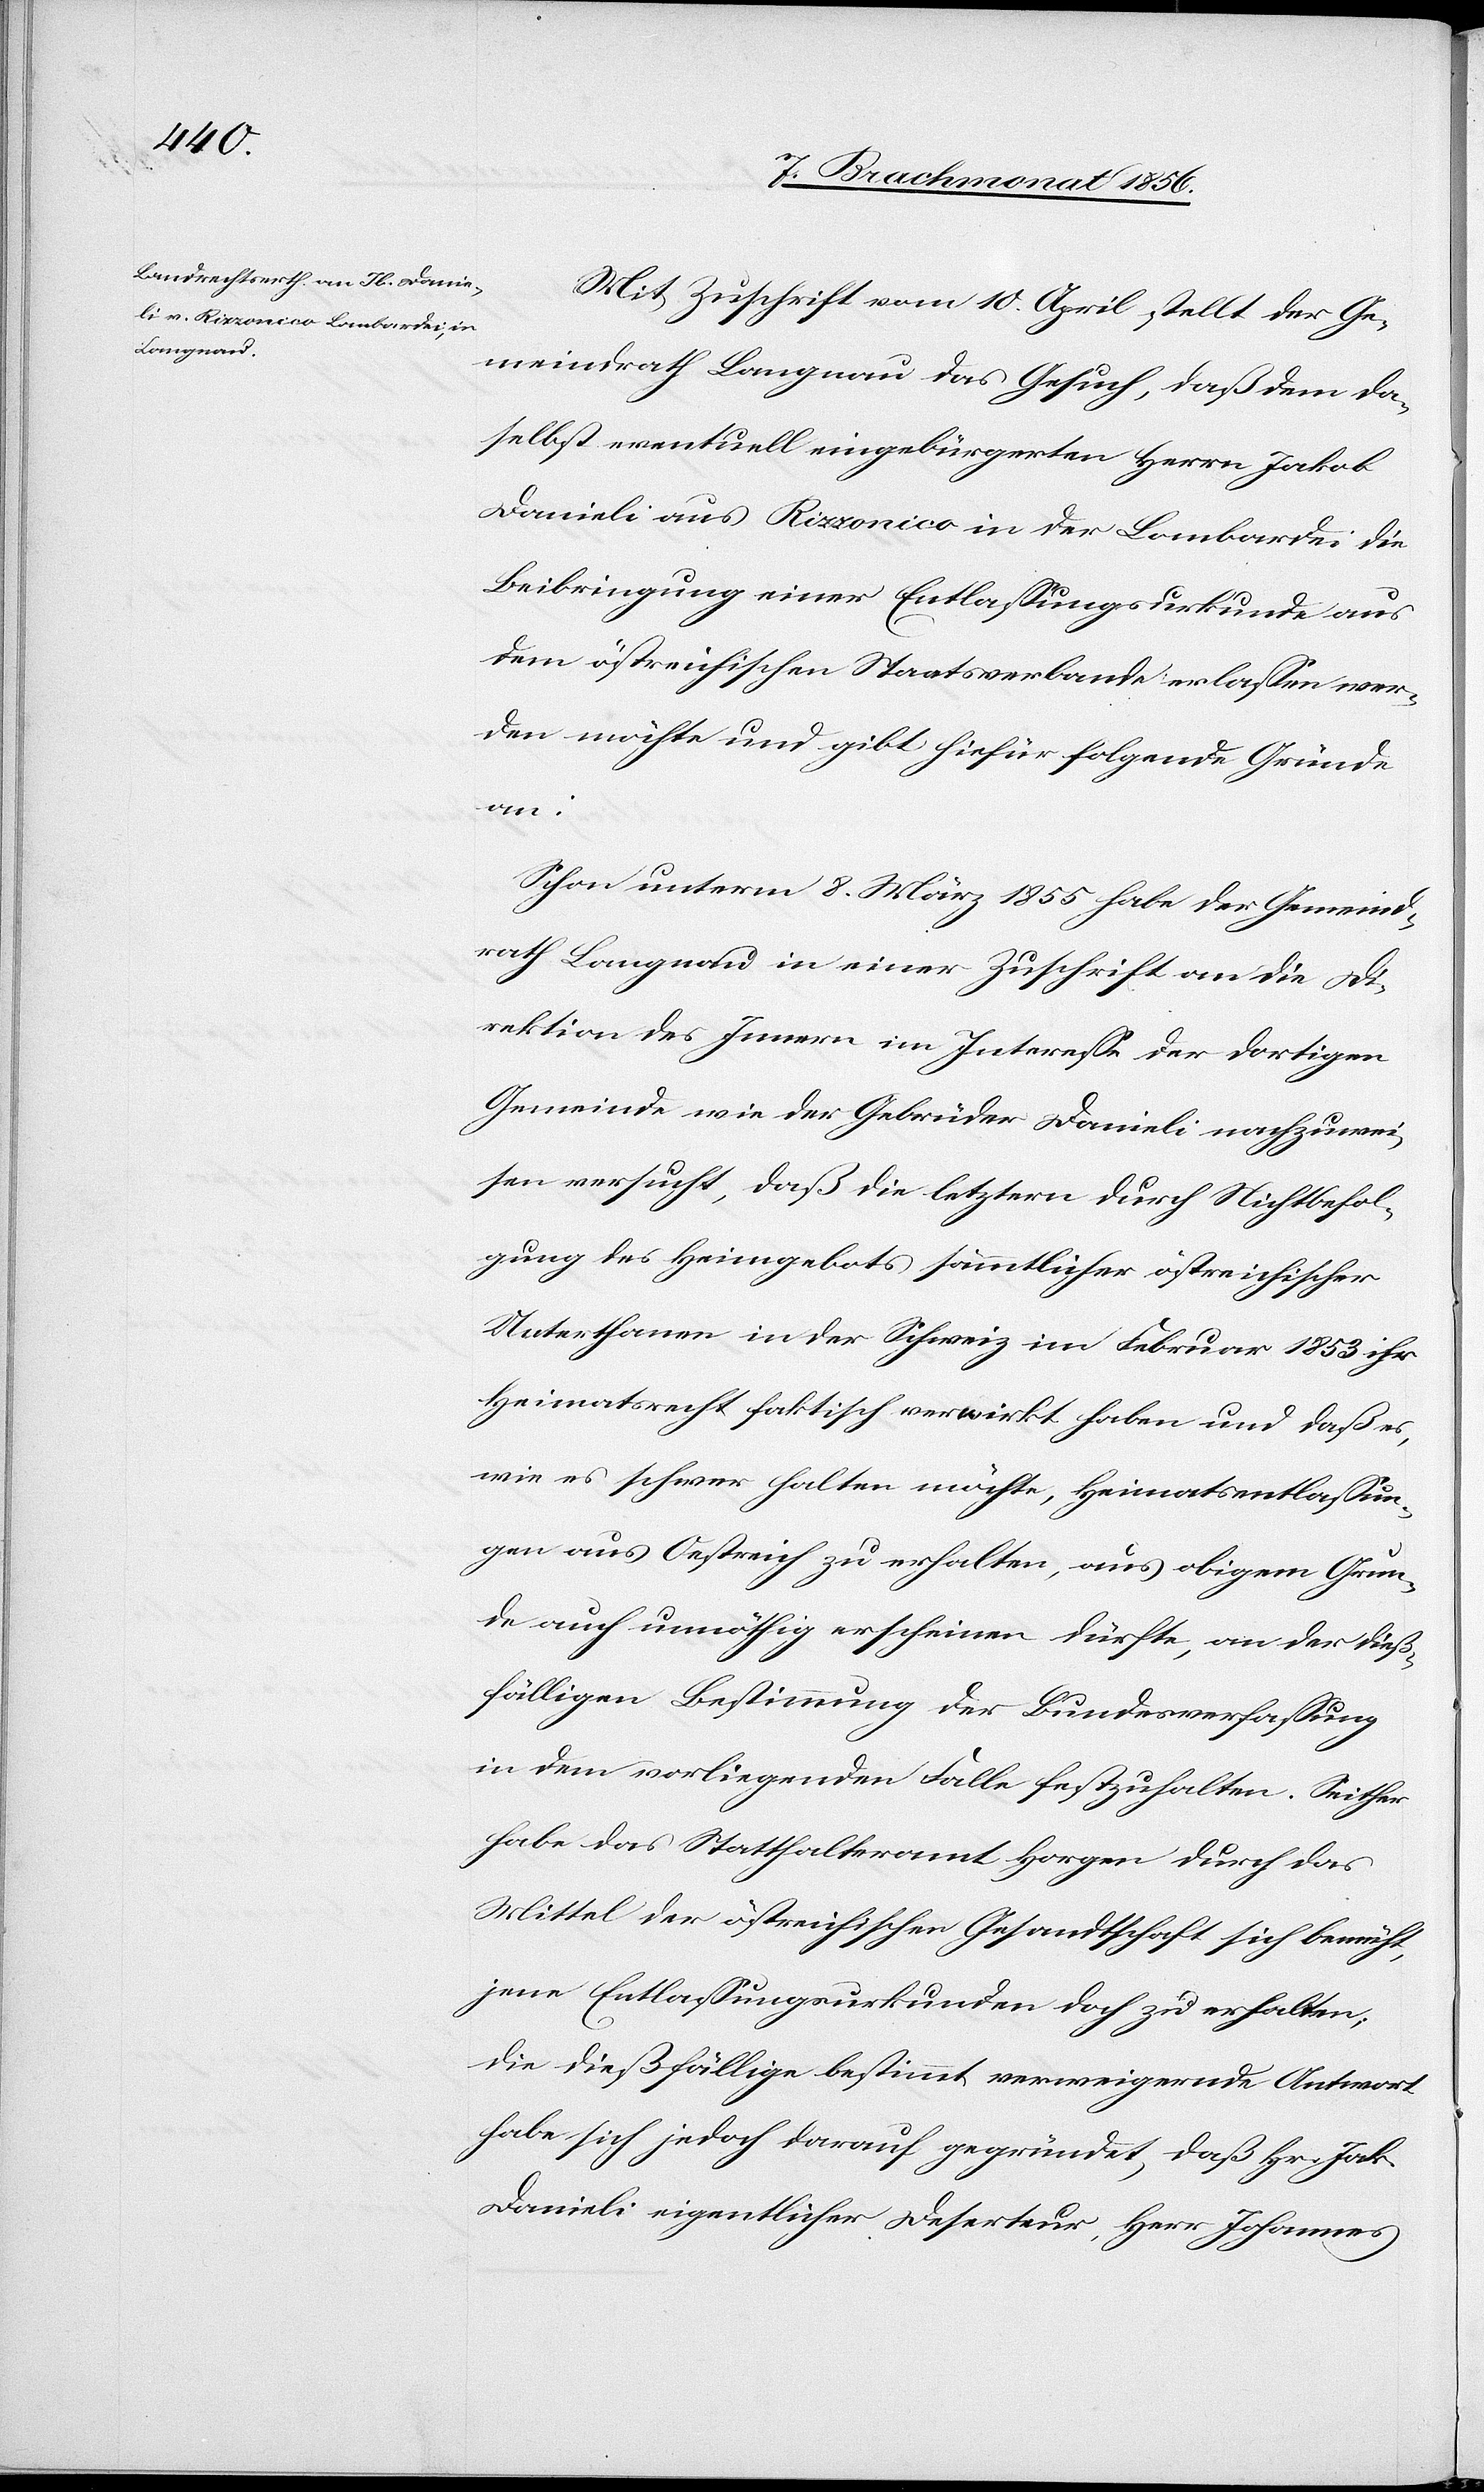
Mit Zuschrift vom 10. April stellt der Ge¬
meindrath Langnau das Gesuch, daß dem da¬
selbst eventuell eingebürgerten Herrn Jakob
Danieli aus Rizzonico in der Lombardei die
Beibringung einer Entlassungsurkunde aus
dem östreichischen Staatsverbande erlassen wer¬
den möchte und gibt hiefür folgende Gründe
an:
Schon unterm 8. März 1855 habe der Gemeind¬
rath Langnau in einer Zuschrift an die Di¬
rektion des Innern im Interesse der dortigen
Gemeinde wie der Gebrüder Danieli nachzuwei¬
sen versucht, daß die letztern durch Nichtbefol¬
gung des Heimgebots sämmtlicher östreichischer
Unterthanen in der Schweiz im Februar 1853 ihr
Heimatsrecht faktisch verwirkt haben und daß es,
wie es schwer halten möchte, Heimatsentlassun¬
gen aus Oestreich zu erhalten, aus obigem Grun¬
de auch unnöthig erscheinen dürfte, an der dieß¬
fälligen Bestimmung der Bundesverfassung
in dem vorliegenden Falle festzuhalten. Seither
habe das Statthalteramt Horgen durch das
Mittel der östreichischen Gesandtschaft sich bemüht,
jene Entlassungsurkunden doch zu erhalten;
die dießfällige bestimmt verweigernde Antwort
habe sich jedoch darauf gegründet, daß Hr. Jak.
Danieli eigentlicher Deserteur, Herr Johannes